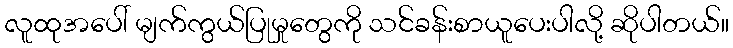
လူထုအပေါ် မျက်ကွယ်ပြုမှုတွေကို သင်ခန်းစာယူပေးပါလို့ ဆိုပါတယ်။